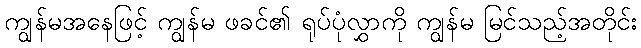
ကျွန်မအနေဖြင့် ကျွန်မ ဖခင်၏ ရုပ်ပုံလွှာကို ကျွန်မ မြင်သည့်အတိုင်း